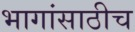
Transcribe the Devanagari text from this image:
भागांसाठीच